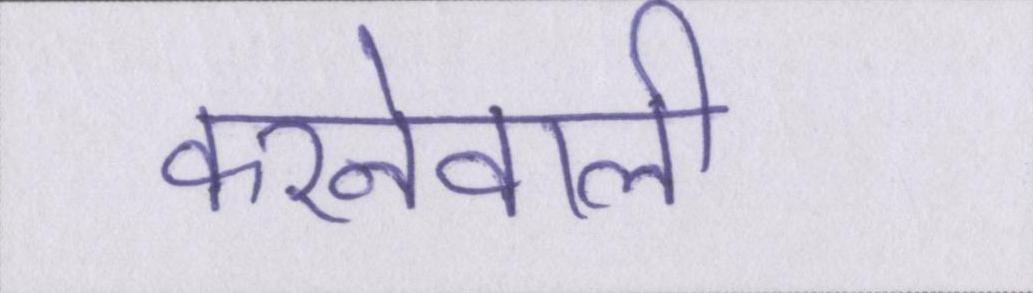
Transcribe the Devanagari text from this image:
करनेवाली